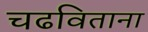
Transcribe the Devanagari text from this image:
चढविताना